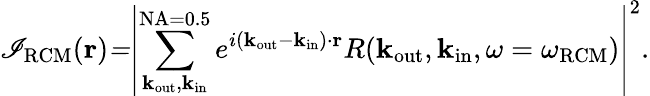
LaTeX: \mathscr{I}_{\mathrm{{RCM}}}(\mathbf{{r}})\mathit{=}\left|\sum_{\mathbf{k}_{\mathrm{{out}}},\mathbf{k}_{\mathrm{{in}}}}^{\mathrm{{NA=0.5}}}e^{i({\mathbf{k}}_{\mathrm{{out}}}-{\mathbf{k}}_{\mathrm{{in}}})\cdot{\mathbf{r}}}R(\mathbf{k}_{\mathrm{{out}}},\mathbf{k}_{\mathrm{{in}}},\omega=\omega_{\mathrm{{RCM}}})\right|^{2}.